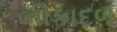
નૌકાદળ